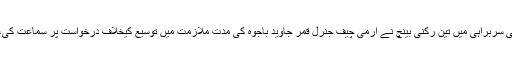
تفصیلات کے مطابق سپریم کورٹ میں چیف جسٹس آصف کھوسہ کی سربراہی میں تین رکنی بینچ نے آرمی چیف جنرل قمر جاوید باجوہ کی مدت ملازمت میں توسیع کیخلاف درخواست پر سماعت کی، جسٹس منصور علی شاہ اور جسٹس مظہر عالم بینچ میں شامل تھے۔